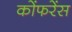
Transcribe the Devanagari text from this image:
कोंफरेंस